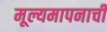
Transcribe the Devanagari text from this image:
मूल्यमापनाची